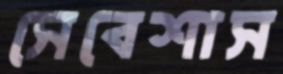
সেবেশাস